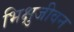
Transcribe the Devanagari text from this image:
भिक्षुजीवन